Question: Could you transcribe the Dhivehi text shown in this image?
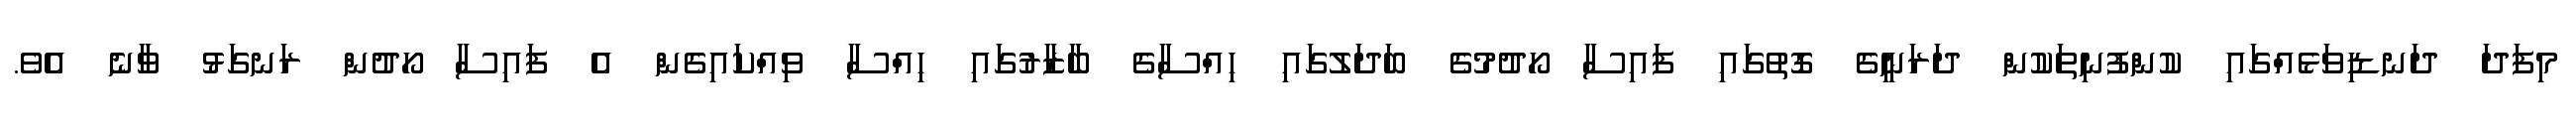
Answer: މިފަދަ ދަނޑިވަޅެއްގައި ކުންފުނިތަކުން ދަރަނީގެ ގޮތުގައި ފައިސާ ހޯދުމުގެ ބަދަލުގައި ހިއްސާގެ ބާޒާރުގައި ހިއްސާ ވިއްކައިގެން އެ ފައިސާ ހޯދުން ރަނގަޅު ވާނެ އެވެ.